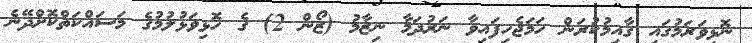
ނޮޅިވަރަމުގައި ގާއިމުކުރަން ހަމަޖެހިފައިވާ ނަރުދަމާ ނިޒާމު (ޒޯން 2) ގެ ހޮޅިވަޅުލުމުގެ މަސައްކަތްކޮށްދޭނެ